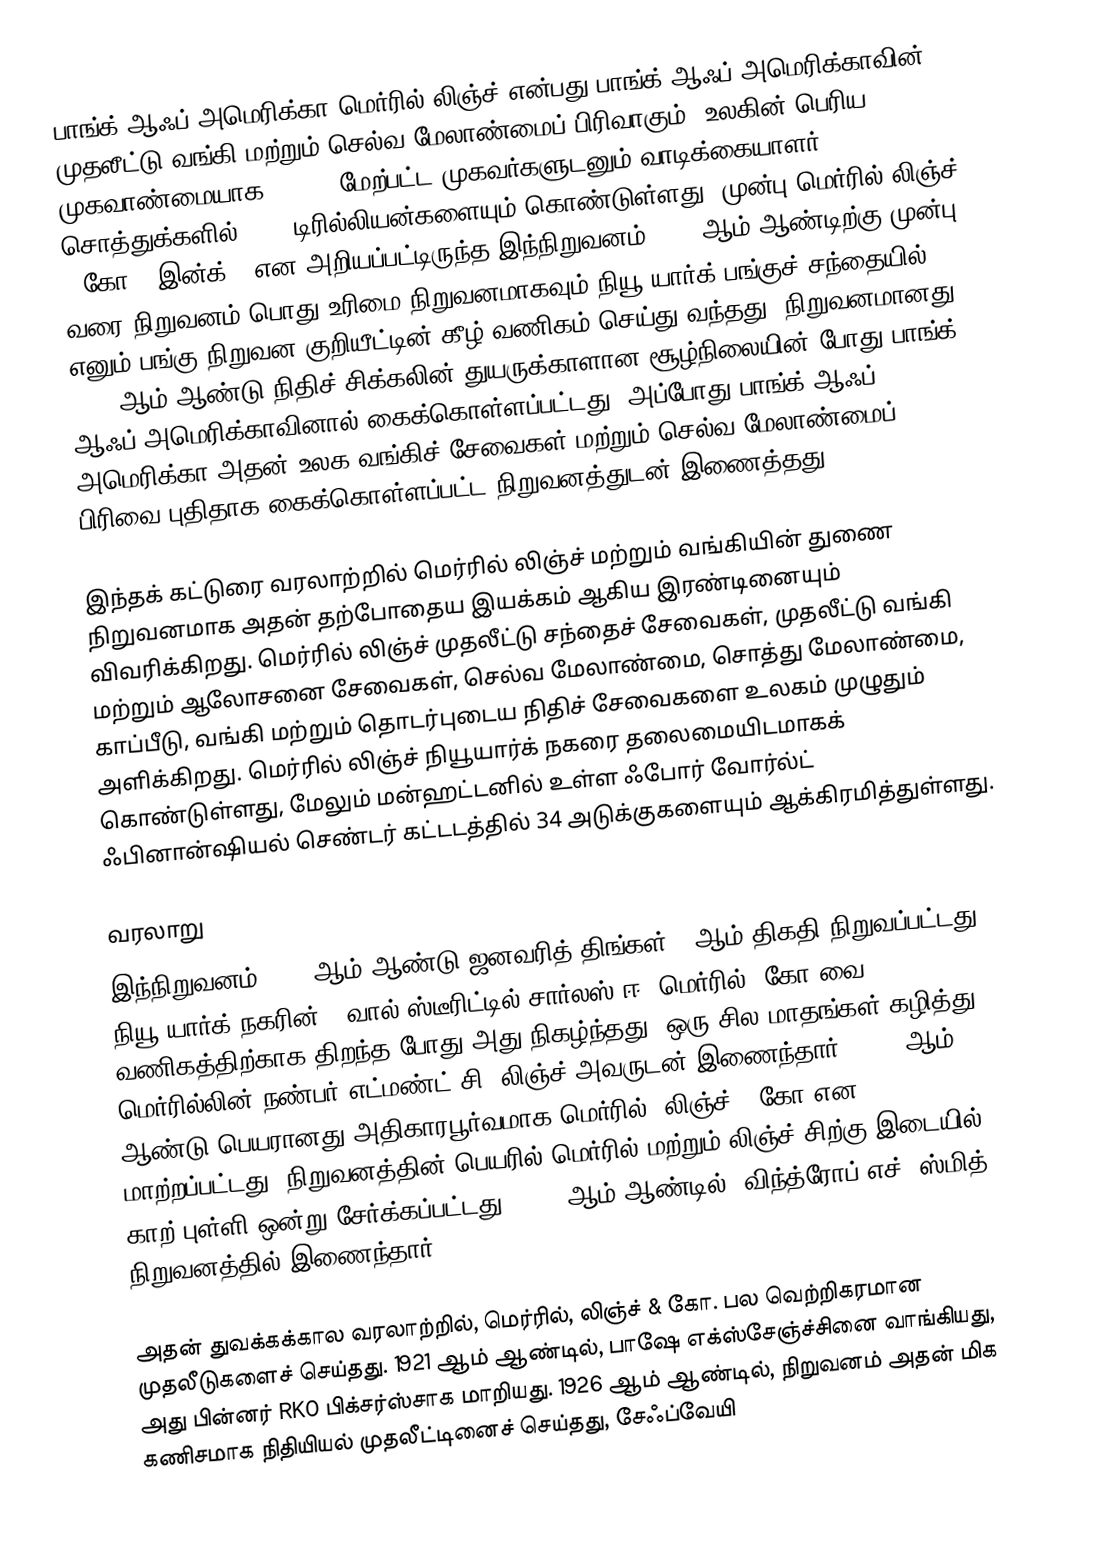
பாங்க் ஆஃப் அமெரிக்கா மெர்ரில் லிஞ்ச்  என்பது பாங்க் ஆஃப் அமெரிக்காவின் முதலீட்டு வங்கி மற்றும் செல்வ மேலாண்மைப் பிரிவாகும். உலகின் பெரிய முகவாண்மையாக 20,000 மேற்பட்ட முகவர்களுடனும் வாடிக்கையாளர் சொத்துக்களில் $2.2 டிரில்லியன்களையும் கொண்டுள்ளது. முன்பு மெர்ரில் லிஞ்ச் & கோ., இன்க்.,  என அறியப்பட்டிருந்த இந்நிறுவனம் 2009 ஆம் ஆண்டிற்கு முன்பு வரை நிறுவனம் பொது உரிமை நிறுவனமாகவும் நியூ யார்க் பங்குச் சந்தையில் MER  எனும் பங்கு நிறுவன குறியீட்டின் கீழ் வணிகம் செய்து வந்தது. நிறுவனமானது 2008 ஆம் ஆண்டு நிதிச் சிக்கலின் துயருக்காளான சூழ்நிலையின் போது பாங்க் ஆஃப் அமெரிக்காவினால் கைக்கொள்ளப்பட்டது. அப்போது பாங்க் ஆஃப் அமெரிக்கா அதன் உலக வங்கிச் சேவைகள் மற்றும் செல்வ மேலாண்மைப் பிரிவை புதிதாக கைக்கொள்ளப்பட்ட நிறுவனத்துடன் இணைத்தது.

இந்தக் கட்டுரை வரலாற்றில் மெர்ரில் லிஞ்ச் மற்றும் வங்கியின் துணை நிறுவனமாக அதன் தற்போதைய இயக்கம் ஆகிய இரண்டினையும் விவரிக்கிறது. மெர்ரில் லிஞ்ச் முதலீட்டு சந்தைச் சேவைகள், முதலீட்டு வங்கி மற்றும் ஆலோசனை சேவைகள், செல்வ மேலாண்மை, சொத்து மேலாண்மை, காப்பீடு, வங்கி மற்றும் தொடர்புடைய நிதிச் சேவைகளை உலகம் முழுதும் அளிக்கிறது. மெர்ரில் லிஞ்ச் நியூயார்க் நகரை தலைமையிடமாகக் கொண்டுள்ளது, மேலும் மன்ஹட்டனில் உள்ள ஃபோர் வோர்ல்ட் ஃபினான்ஷியல் செண்டர் கட்டடத்தில் 34 அடுக்குகளையும் ஆக்கிரமித்துள்ளது.

வரலாறு
இந்நிறுவனம் 1914 ஆம் ஆண்டு ஜனவரித் திங்கள் 6 ஆம் திகதி நிறுவப்பட்டது. நியூ யார்க் நகரின் 7 வால் ஸ்டீரிட்டில் சார்லஸ் ஈ. மெர்ரில்& கோ வை வணிகத்திற்காக திறந்த போது அது நிகழ்ந்தது. ஒரு சில மாதங்கள் கழித்து, மெர்ரில்லின் நண்பர் எட்மண்ட் சி. லிஞ்ச் அவருடன் இணைந்தார். 1915 ஆம் ஆண்டு பெயரானது அதிகாரபூர்வமாக மெர்ரில், லிஞ்ச் & கோ  என மாற்றப்பட்டது. நிறுவனத்தின் பெயரில் மெர்ரில்  மற்றும் லிஞ்ச் சிற்கு இடையில் காற் புள்ளி ஒன்று சேர்க்கப்பட்டது. 1916 ஆம் ஆண்டில், விந்த்ரோப் எச். ஸ்மித் நிறுவனத்தில் இணைந்தார்.

அதன் துவக்கக்கால வரலாற்றில், மெர்ரில், லிஞ்ச் & கோ. பல வெற்றிகரமான முதலீடுகளைச் செய்தது. 1921 ஆம் ஆண்டில், பாஷே எக்ஸ்சேஞ்ச்சினை வாங்கியது, அது பின்னர் RKO பிக்சர்ஸ்சாக மாறியது. 1926 ஆம் ஆண்டில், நிறுவனம் அதன் மிக கணிசமாக நிதியியல் முதலீட்டினைச் செய்தது, சேஃப்வேயி